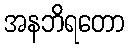
အနဘိရတော